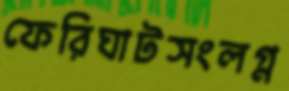
ফেরিঘাটসংলগ্ন